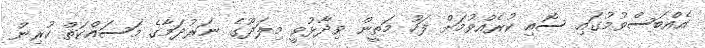
އެއްބަސްވުމުގައި ސޮއި ކުރެއްވުމަށް ފަހު މަތީން ވިދާޅުވީ މިލަދޫގެ ނަރުދަމާގެ މަސައްކަތް ކުރިން